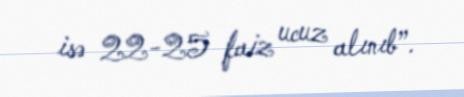
isə 22-25 faiz ucuz alınıb”.